Civil Veterinary Dept. Assam report 1927-50 - 1927-1950
Year: 1927
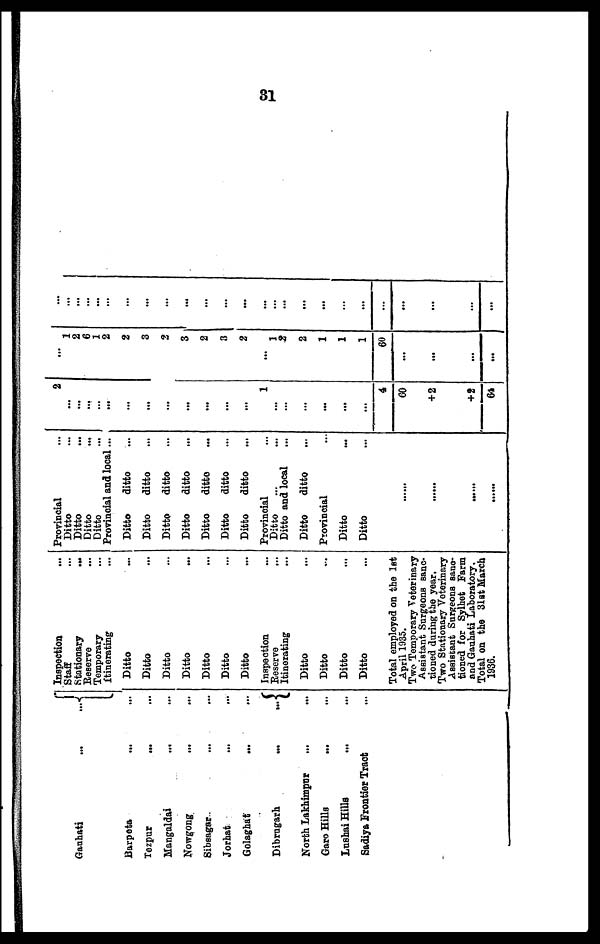
31
Gauhati
...
...
Barpeta ... ...
Tezpur ... ...
Mangaldai
... ...
Nowgong ... ...
Sibsagar ... ...
Jorhat
...
...
Golaghat ... ...
Dibrugarh
...
...
North Lakhimpur ... ...
Garo Hills
...
...
Lushai Hills ... ...
Sadiya Frontier Tract ...
Inspection ...
Staff ...
Stationary
...
Reserve ...
Temporary ...
itinerating ...
Ditto ...
Ditto ...
Ditto ...
Ditto ...
Ditto ...
Ditto ...
Ditto ...
Inspection
Reserve
...
Itinerating
Ditto ...
Ditto ...
Ditto ...
Ditto ...
Total employed on the 1st
April 1935.
Two Temporary Veterinary
Assistant Surgeons sanc-
tioned daring the year.
Two Stationary Veterinary
Assistant Surgeons sanc-
tioned for Sylhet Farm
and Gauhati Laboratory.
Total on the 31st March
1936.
Provincial ...
Ditto ...
Ditto ...
Ditto ...
Ditto ...
Provincial and local ...
Ditto
ditto ...
Ditto
ditto ...
Ditto
ditto ...
Ditto
ditto ...
Ditto
ditto ...
Ditto
ditto ...
Ditto
ditto ...
Provincial ... ...
Ditto ... ...
Ditto and local ...
Ditto
ditto ...
Provincial ...
Ditto ...
Ditto ...
......
......
......
......
2
...
...
...
...
...
...
...
...
...
...
...
...
1
...
...
...
...
...
...
4
60
+2
+2
64
...
1
2
6
1
2
2
3
2
3
2
3
2
...
1
2
2
1
1
1
60
...
...
...
...
...
...
...
...
...
...
...
...
...
...
...
...
...
...
...
...
...
...
...
...
...
...
...
...
...